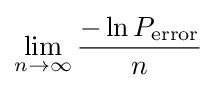
\lim _{n\to \infty }{\frac {-\ln P_{\text{error}}}{n}}